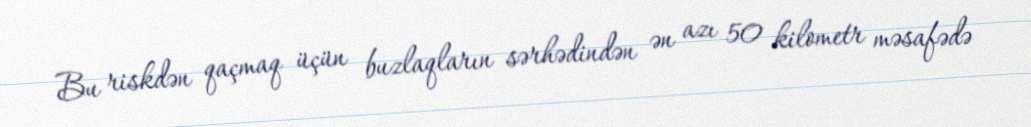
Bu riskdən qaçmaq üçün buzlaqların sərhədindən ən azı 50 kilometr məsafədə